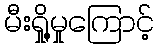
မီးရှို့မှုကြောင့်